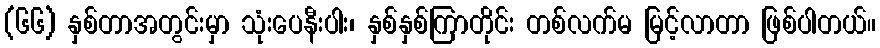
(၆၆) နှစ်တာအတွင်းမှာ သုံးပေနီးပါး၊ နှစ်နှစ်ကြာတိုင်း တစ်လက်မ မြင့်လာတာ ဖြစ်ပါတယ်။